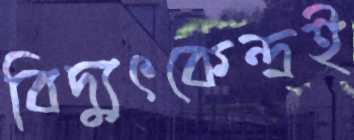
বিদ্যুৎকেন্দ্রই